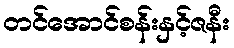
တင်အောင်စန်းနှင့်ဇနီး